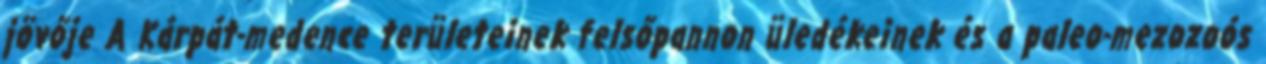
jövője A Kárpát-medence területeinek felsőpannon üledékeinek és a paleo-mezozoós